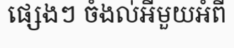
ផ្សេងៗ ចំងល់អីមួយអំពី